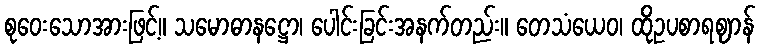
စုဝေးသောအားဖြင့်။ သမောဓာနဋ္ဌော၊ ပေါင်းခြင်းအနက်တည်း။ တေသံယေဝ၊ ထိုဥပစာရဈာန်